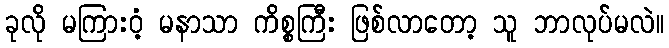
ခုလို မကြားဝံ့ မနာသာ ကိစ္စကြီး ဖြစ်လာတော့ သူ ဘာလုပ်မလဲ။